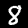
Label: 8